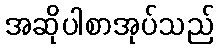
အဆိုပါစာအုပ်သည်